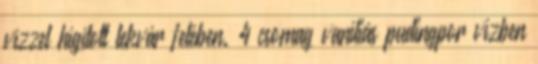
vízzel hígított lekvár felében. 4 csomag vaníliás pudingpor vízben